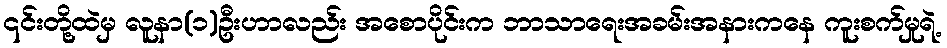
၎င်းတို့ထဲမှ လူနာ(၁)ဦးဟာလည်း အစောပိုင်းက ဘာသာရေးအခမ်းအနားကနေ ကူးစက်မှုရဲ့